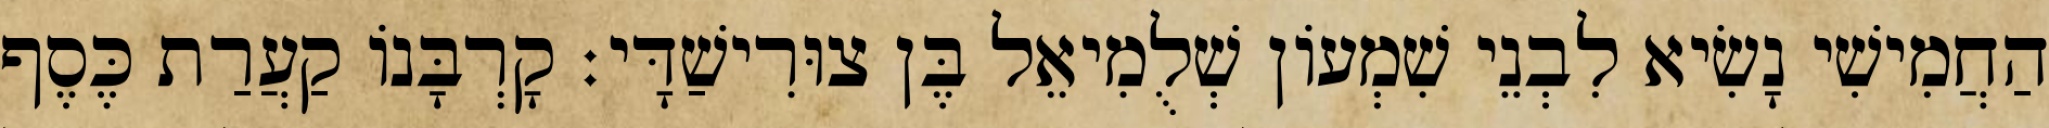
הַחֲמִישִׁי נָשִׂיא לִבְנֵי שִׁמְעוֹן שְׁלֻמִיאֵל בֶּן צוּרִישַׁדָּי׃ קָרְבָּנוֹ קַעֲרַת כֶּסֶף